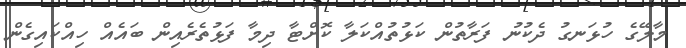
މާލޭގެ ހުޅަނގު ދެކުނު ފަރާތުން ކަޅުތުއްކަލާ ކޮށްޓާ ދިމާ ފަޅުތެރެއިން ބައެއް ހިއްކައިގެން